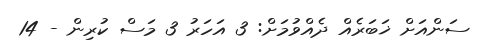
ސަންއަށް ޚަބަރެއް ދެއްވުމަށް: 3 އަހަރު 3 މަސް ކުރިން - 14